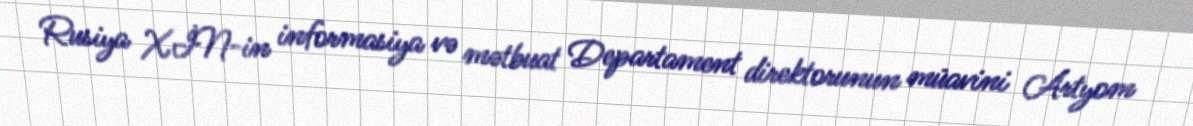
Rusiya XİN-in informasiya və mətbuat Departament direktorunun müavini Artyom